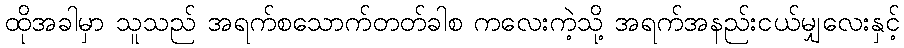
ထိုအခါမှာ သူသည် အရက်စသောက်တတ်ခါစ ကလေးကဲ့သို့ အရက်အနည်းငယ်မျှလေးနှင့်